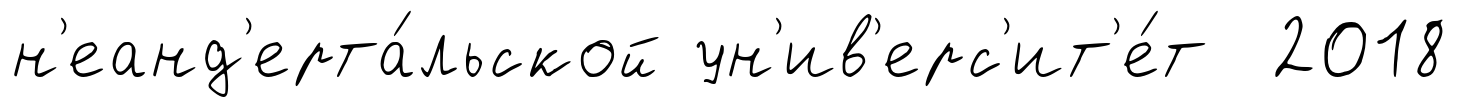
н'еанд'ерта́льской ун'ив'ерс'ит'е́т 2018